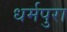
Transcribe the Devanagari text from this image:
धर्मपुरा